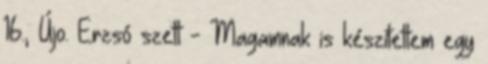
16., Újo. Erzsó szett - Magamnak is készítettem egy